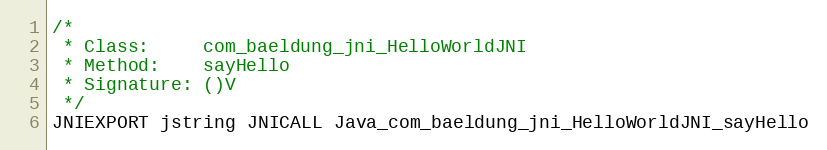
Language: C
/*
 * Class:     com_baeldung_jni_HelloWorldJNI
 * Method:    sayHello
 * Signature: ()V
 */
JNIEXPORT jstring JNICALL Java_com_baeldung_jni_HelloWorldJNI_sayHello